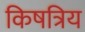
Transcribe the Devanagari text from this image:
किषत्रिय